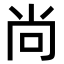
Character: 尚